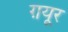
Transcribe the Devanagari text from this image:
ग़यूर